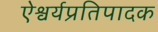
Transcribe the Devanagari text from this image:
ऐश्वर्यप्रतिपादक